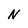
Character: N